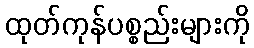
ထုတ်ကုန်ပစ္စည်းများကို